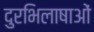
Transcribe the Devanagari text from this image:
दुरभिलाषाओं